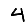
Digit: 4